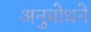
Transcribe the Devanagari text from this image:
अनुबोधने